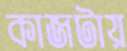
কাজটায়